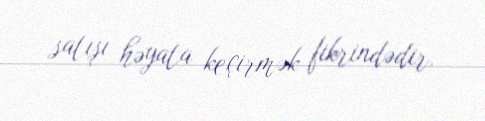
satışı həyata keçirmək fikrindədir.